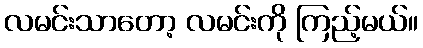
လမင်းသာတော့ လမင်းကို ကြည့်မယ်။